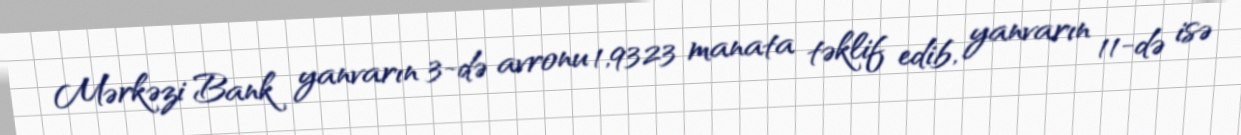
Mərkəzi Bank yanvarın 3-də avronu 1,9323 manata təklif edib, yanvarın 11-də isə